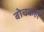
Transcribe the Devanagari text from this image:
बोचकही